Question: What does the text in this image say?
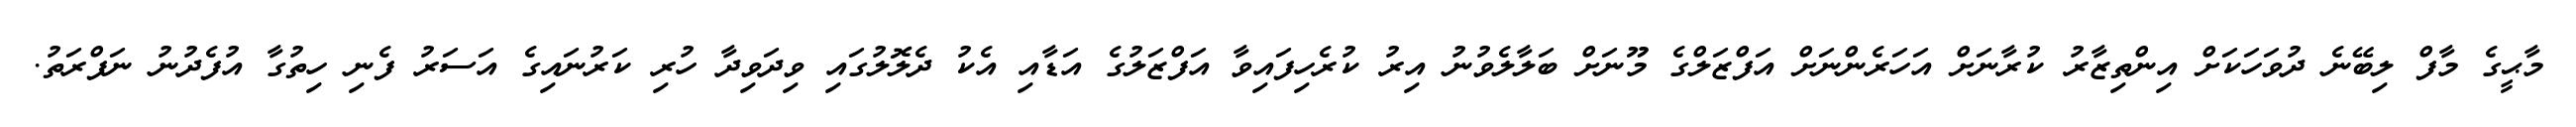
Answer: މާޙީގެ މާފް ލިބޭނެ ދުވަހަކަށް އިންތިޒާރު ކުރާނަށް އަހަރެންނަށް އަފްޒަލްގެ މޫނަށް ބަލާލެވުނު އިރު ކުރެހިފައިވާ އަފްޒަލުގެ އަޑާއި އެކު ދެލޮލުގައި ވިދަވިދާ ހުރި ކަރުނައިގެ އަސަރު ފެނި ހިތުގާ އުފެދުނު ނަފްރަތު.